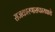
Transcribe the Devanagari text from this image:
राजकारणासफायद्याचे